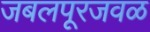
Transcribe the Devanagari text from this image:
जबलपूरजवळ